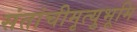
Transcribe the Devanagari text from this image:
संतांचीमृत्युभूमि